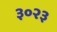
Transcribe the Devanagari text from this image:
३०२३